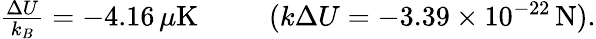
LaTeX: \begin{array}{r}{\frac{\Delta U}{k_{B}}=-4.16\, \mu\mathrm{K}\ \ \ \ \ \ \ \ \ \ (k\Delta U=-3.39\times 10^{-22}\, \mathrm{N}).}\end{array}